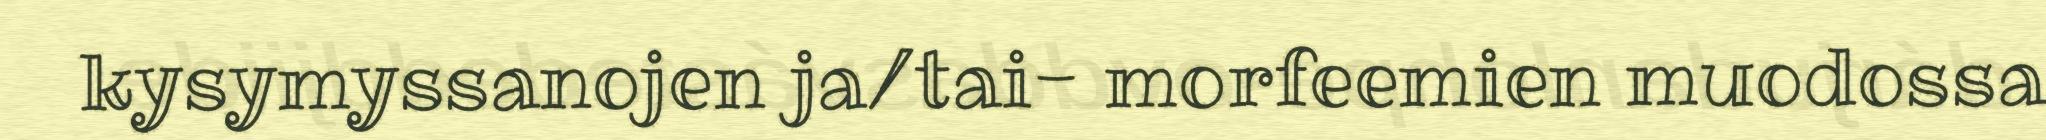
kysymyssanojen ja/tai- morfeemien muodossa